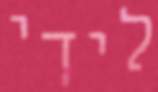
לידי